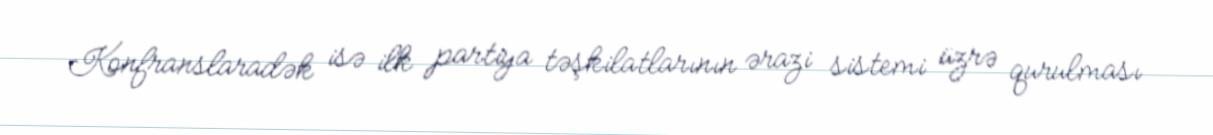
Konfranslaradək isə ilk partiya təşkilatlarının ərazi sistemi üzrə qurulması